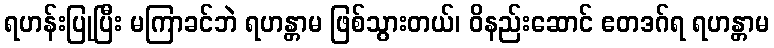
ရဟန်းပြုပြီး မကြာခင်ဘဲ ရဟန္တာမ ဖြစ်သွားတယ်၊ ဝိနည်းဆောင် ဧတဒဂ်ရ ရဟန္တာမ